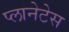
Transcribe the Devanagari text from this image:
प्लानेटेस